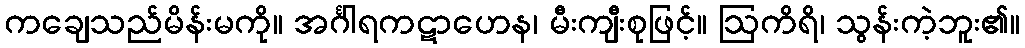
ကချေသည်မိန်းမကို။ အင်္ဂါရကဋာဟေန၊ မီးကျီးစုဖြင့်။ ဩကိရိ၊ သွန်းကဲ့ဘူး၏။